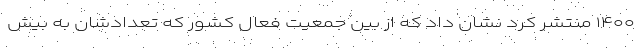
۱۴۰۰ منتشر کرد نشان داد که از بین جمعیت فعال کشور که تعدادشان به بیش